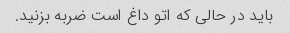
باید در حالی که اتو داغ است ضربه بزنید.